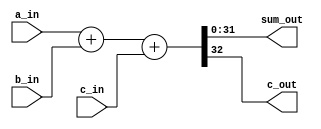
// -----------------------------
// Creator  : lisy
// Function : full adder with parameters which define the WIDTH
// Update   :
// Copyright: lisy
// -----------------------------

module para_adder
    // parameterization design
    #(parameter WIDTH = 32)
(
    // module head (verilog-IEEE-2001 format)
    input  wire [WIDTH-1:0] a_in,
    input  wire [WIDTH-1:0] b_in,
    input  wire             c_in,    // carry in
    output wire [WIDTH-1:0] sum_out,
    output wire             c_out     // carry out
);

    // behavior of the adder can be synthesizable
    // "assing" means connectivity
    assign {c_out, sum_out} = a_in + b_in + c_in;
    
endmodule